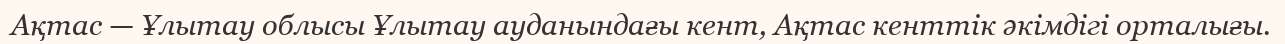
Ақтас — Ұлытау облысы Ұлытау ауданындағы кент, Ақтас кенттік әкімдігі орталығы.